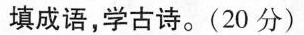
填成语，学古诗。(20分)